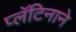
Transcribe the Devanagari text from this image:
प्लॅटिनाने